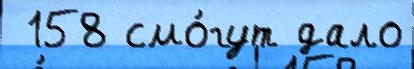
 158 смо́гут дало